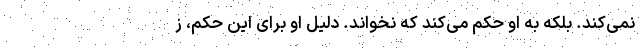
نمی‌کند. بلکه به او حکم می‌کند که نخواند. دلیل او برای این حکم، ز